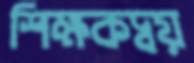
শিক্ষকদ্বয়